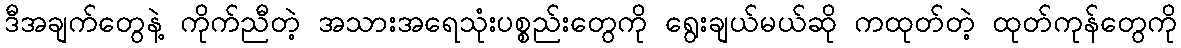
ဒီအချက်တွေနဲ့ ကိုက်ညီတဲ့ အသားအရေသုံးပစ္စည်းတွေကို ရွေးချယ်မယ်ဆို ကထုတ်တဲ့ ထုတ်ကုန်တွေကို